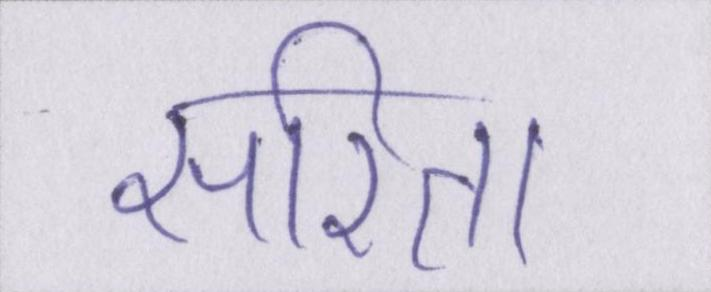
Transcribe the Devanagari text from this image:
सरिता